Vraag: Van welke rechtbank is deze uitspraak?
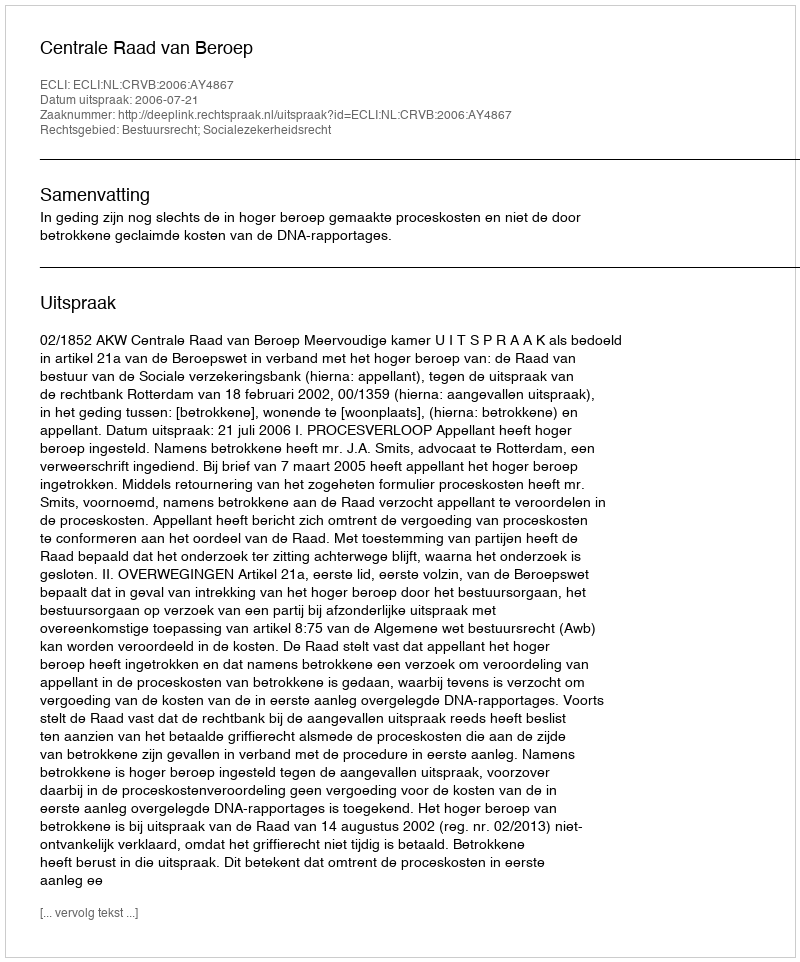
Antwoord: Centrale Raad van Beroep